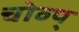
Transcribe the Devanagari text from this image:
चोव्प्